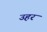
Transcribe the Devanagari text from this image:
उहर